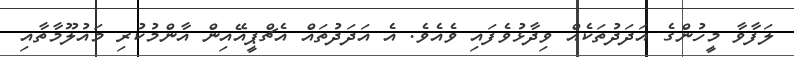
ލަފާވާ މީހުންގެ އަދަދުތަކެއް ވިދާޅުވެފައި ވެއެވެ. އެ އަދަދުތައް އެޗްޕީއޭއިން އާންމުކުރި މައުލޫމާތާއި